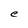
Character: e